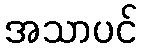
အသာပင်